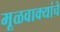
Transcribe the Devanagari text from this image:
मूळवाक्यांचे